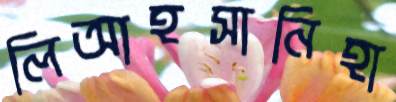
লিআহসানিহা